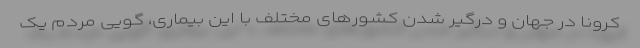
کرونا در جهان و درگیر شدن کشورهای مختلف با این بیماری، گویی مردم یک